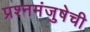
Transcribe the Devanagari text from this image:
प्रश्नमंजुषेची